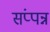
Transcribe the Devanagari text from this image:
संप्पन्न